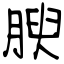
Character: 腴